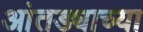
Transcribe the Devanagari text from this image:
आंतड्याच्या